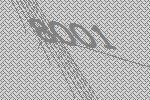
8001